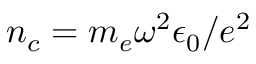
n _ { c } = m _ { e } \omega ^ { 2 } \epsilon _ { 0 } / e ^ { 2 }